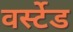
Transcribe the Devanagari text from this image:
वर्स्टेड